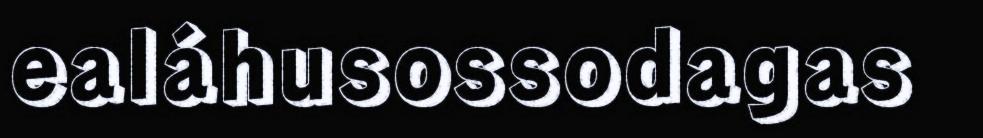
ealáhusossodagas